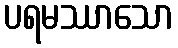
ပရမဿာသော